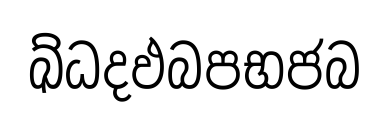
ඛ්ධදඵබපභජබ